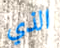
الذي